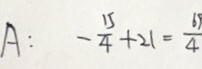
A : - \frac { 1 5 } { 4 } + 2 1 = \frac { 6 9 } { 4 }